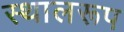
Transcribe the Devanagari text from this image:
स्थालरूप